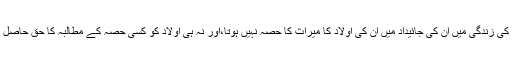
والد کی زندگی میں ان کی جائیداد میں ان کی اولاد کا میراث کا حصہ نہیں ہوتا،اور نہ ہی اولاد کو کسی حصہ کے مطالبہ کا حق حاصل ہے۔